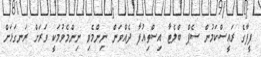
ފީފާގެ ރައީސްކަމުން ސެޕް ބްލެޓާ އިސްތިއުފާ ދެއްވަން ނިންމެވި ނިންމެވުމަކީ ވަރަށް ރަނގަޅަށް